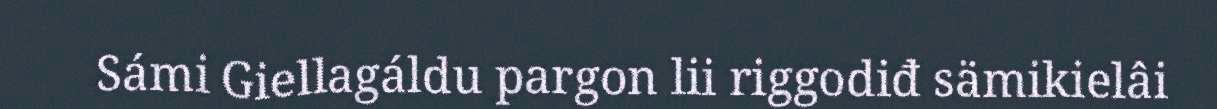
Sámi Giellagáldu pargon lii riggodiđ sämikielâi